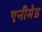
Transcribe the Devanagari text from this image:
एनीमेड